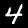
Label: 4